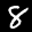
Label: 8